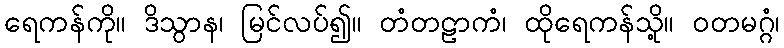
ရေကန်ကို။ ဒိသွာန၊ မြင်လပ်၍။ တံတဠာကံ၊ ထိုရေကန်သို့။ ဝတမဂ္ဂံ၊